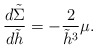
\begin{align*} \frac{d\tilde{\Sigma}}{d\tilde{h}}=-\frac{2}{\tilde{h}^3}\mu.\end{align*}